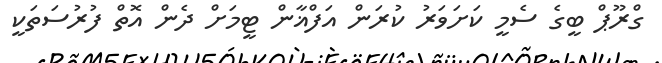
ގްރޫޕް ބީގެ ސެމީ ކަށަވަރު ކުރަން އަފްޣާން ޓީމަށް ދެން އޮތް ފުރުސަތަކީ